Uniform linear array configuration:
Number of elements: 4
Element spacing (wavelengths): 1
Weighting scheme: cosine
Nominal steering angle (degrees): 0
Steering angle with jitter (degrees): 0.4714
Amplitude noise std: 0.05
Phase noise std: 0.05

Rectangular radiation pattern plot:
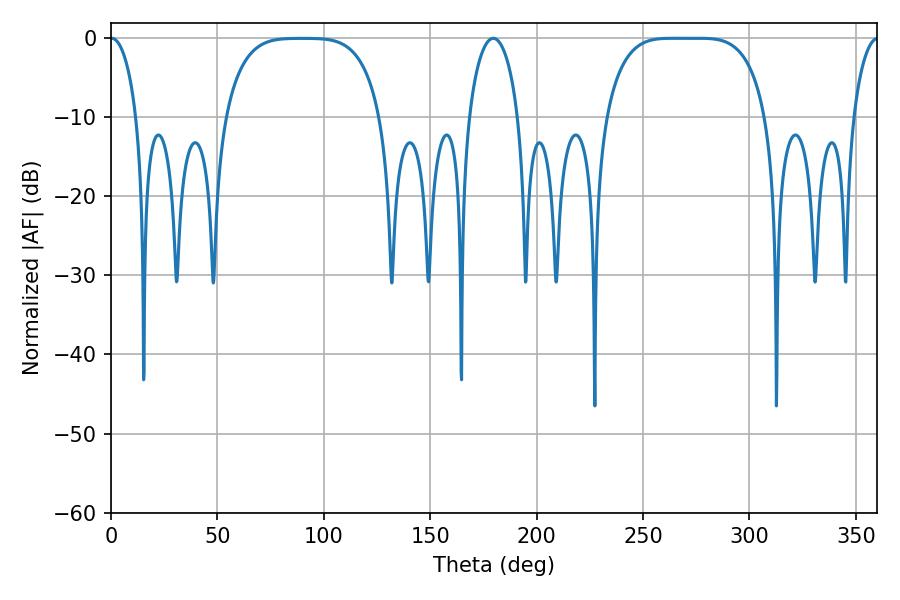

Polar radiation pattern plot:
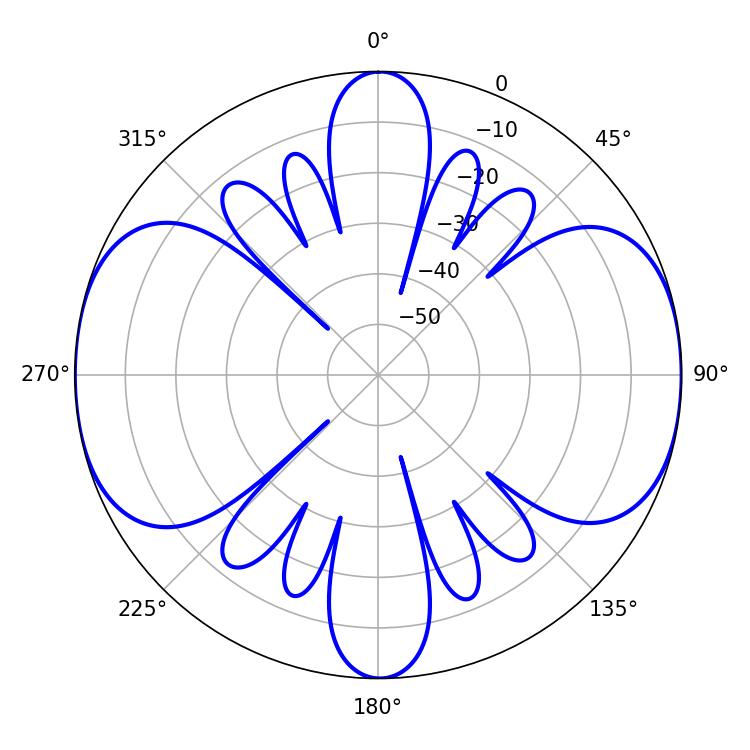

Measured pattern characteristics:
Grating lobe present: TRUE
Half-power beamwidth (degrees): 7.02
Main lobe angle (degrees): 0.36